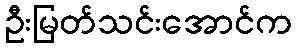
ဦးမြတ်သင်းအောင်က